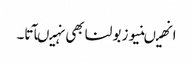
انھیںنیوز بولنا بھی نہیںآتا۔